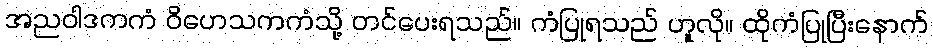
အညဝါဒကကံ ဝိဟေသကကံသို့ တင်ပေးရသည်။ ကံပြုရသည် ဟူလို။ ထိုကံပြုပြီးနောက်